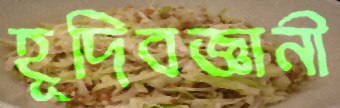
হূদিবজ্ঞানী